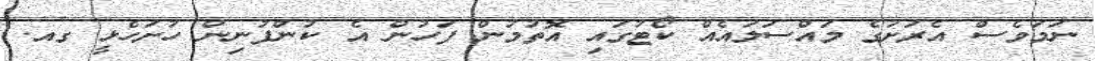
ނަމަވެސް އެރަށުގެ މައްސަލައެއް ކޯޓުގައި އޮތުމުން ފަހުން އެ ކުންފުނިން ހުށަހެޅީ ގއ.